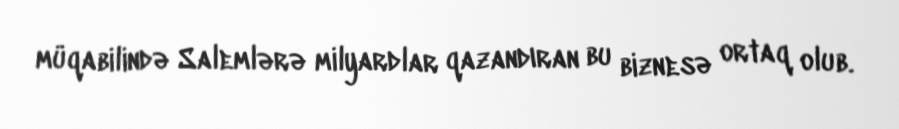
müqabilində Salemlərə milyardlar qazandıran bu biznesə ortaq olub.